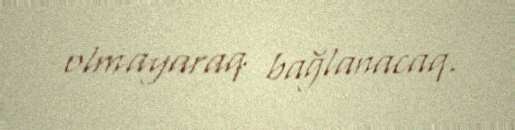
olmayaraq bağlanacaq.